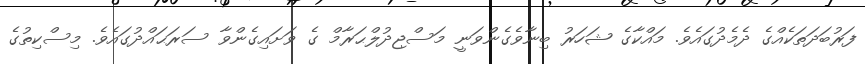
ފަރުބަދަތަކެއްގެ ދެމެދުގައެވެ. މައްކާގެ ޝަހަރު ބިނާވެގެންވަނީ މަސްޖިދުލްޙަރާމް ގެ ވަށައިގެންވާ ސަރަޙައްދުގައެވެ. މިސްކިތުގެ